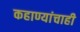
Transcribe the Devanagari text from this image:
कहाण्यांचाही